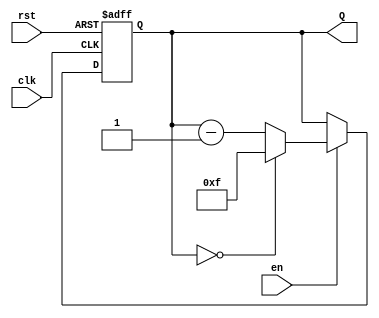
module binary_down_counter #(
    parameter N = 4  // Parameter for the width of the counter (N bits)
)(
    input wire clk,   // Clock signal
    input wire rst,   // Asynchronous reset signal
    input wire en,    // Enable signal for counting
    output reg [N-1:0] Q  // N-bit output representing the current count value
);

    // Maximum value for the counter, which is 2^N - 1
    localparam MAX_VALUE = (1 << N) - 1;

    // Always block for synchronous operations
    always @(posedge clk or posedge rst) begin
        if (rst) begin
            // Asynchronous reset: set counter to maximum value
            Q <= MAX_VALUE;
        end else if (en) begin
            // Enable: decrement the counter
            if (Q == 0) begin
                Q <= MAX_VALUE;  // Wrap around to maximum value
            end else begin
                Q <= Q - 1;      // Decrement the counter
            end
        end
        // If enable is not asserted, Q retains its value
    end

endmodule